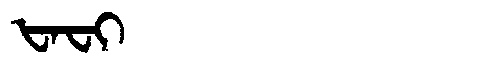
Manchu: ᡶᠠᠸᡳ
Romanization: FAFI